Civil Veterinary Dept. Bombay admin report 1914-1922 - 1914-1922
Year: 1914
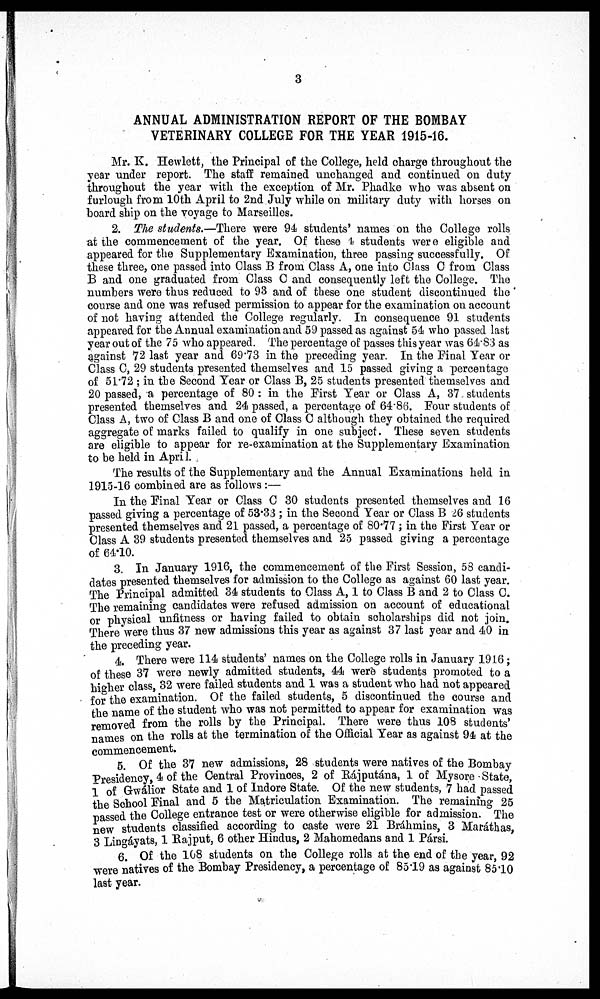
3
ANNUAL ADMINISTRATION REPORT OF THE BOMBAY
VETERINARY COLLEGE FOR THE YEAR 1915-16.
Mr. K. Hewlett, the Principal of the College, held charge throughout the
year under report. The staff remained unchanged and continued on duty
throughout the year with the exception of Mr. Phadke who was absent on
furlough from 10th April to 2nd July while on military duty with horses on
board ship on the voyage to Marseilles.
2. The students.—There were 94 students' names on the College rolls
at the commencement of the year. Of these 4 students were eligible and
appeared for the Supplementary Examination, three passing successfully. Of
these three, one passed into Class B from Class A, one into Class C from Class
B and one graduated from Class C and consequently left the College. The
numbers were thus reduced to 93 and of these one student discontinued the
course and one was refused permission to appear for the examination on account
of not having attended the College regularly. In consequence 91 students
appeared for the Annual examination and 59 passed as against 54 who passed last
year out of the 75 who appeared. The percentage of passes this year was 64.83 as
against 72 last year and 69.73 in the preceding year. In the Final Year or
Class C, 29 students presented themselves and 15 passed giving a percentage
of 51.72; in the Second Year or Class B, 25 students presented themselves and
20 passed, a percentage of 80 : in the First Year or Class A, 37 students
presented themselves and 24 passed, a percentage of 64.86. Four students of
Class A, two of Class B and one of Class C although they obtained the required
aggregate of marks failed to qualify in one subject. These seven students
are eligible to appear for re-examination at the Supplementary Examination
to be held in April.
The results of the Supplementary and the Annual Examinations held in
1915-16 combined are as follows :—
In the Final Year or Class C 30 students presented themselves and 16
passed giving a percentage of 53.33; in the Second Year or Class B 26 students
presented themselves and 21 passed, a percentage of 80.77; in the First Year or
Class A 39 students presented themselves and 25 passed giving a percentage
of 64.10.
3. In January 1916, the commencement of the First Session, 58 candi-
dates presented themselves for admission to the College as against 60 last year.
The Principal admitted 34 students to Class A, 1 to Class B and 2 to Class C.
The remaining candidates were refused admission on account of educational
or physical unfitness or having failed to obtain scholarships did not join.
There were thus 37 new admissions this year as against 37 last year and 40 in
the preceding year.
4. There were 114 students' names on the College rolls in January 1916;
of these 37 were newly admitted students, 44 were students promoted to a
higher class, 32 were failed students and 1 was a student who had not appeared
for the examination. Of the failed students, 5 discontinued the course and
the name of the student who was not permitted to appear for examination was
removed from the rolls by the Principal. There were thus 108 students'
names on the rolls at the termination of the Official Year as against 94 at the
commencement.
5. Of the 37 new admissions, 28 students were natives of the Bombay
Presidency, 4 of the Central Provinces, 2 of Rájputána, 1 of Mysore State,
1 of Gwálior State and 1 of Indore State. Of the new students, 7 had passed
the School Final and 5 the Matriculation Examination. The remaining 25
passed the College entrance test or were otherwise eligible for admission. The
new students classified according to caste were 21 Bráhmins, 3 Maráthas,
3 Lingáyats, 1 Rajput, 6 other Hindus, 2 Mahomedans and 1 Pársi.
6. Of the 108 students on the College rolls at the end of the year, 92
were natives of the Bombay Presidency, a percentage of 85.19 as against 85.10
last year.